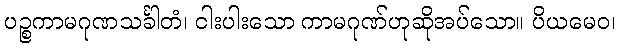
ပဉ္စကာမဂုဏသင်္ခါတံ၊ ငါးပါးသော ကာမဂုဏ်ဟုဆိုအပ်သော။ ပိယမေဝ၊